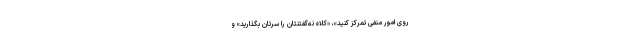
روی امور منفی تمرکز کنید»، «کلاهِ نه‌گفتنتان را سرتان بگذارید» و